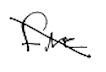
Text: fire
Cross-out: diagonal
Writing tool: digital_black